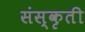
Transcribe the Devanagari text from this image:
संस्कृती